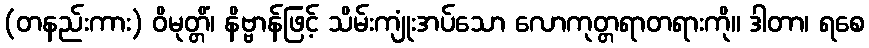
(တနည်းကား) ဝိမုတ္တိံ၊ နိဗ္ဗာန်ဖြင့် သိမ်းကျုံးအပ်သော လောကုတ္တရာတရားကို။ ဒါတာ၊ ရစေ